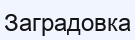
Заградовка